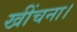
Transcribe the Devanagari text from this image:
खींचना।